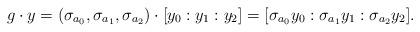
LaTeX: \begin{align*} g\cdot y = (\sigma_{a_0},\sigma_{a_1},\sigma_{a_2})\cdot [y_0:y_1:y_2] = [\sigma_{a_0}y_0:\sigma_{a_1}y_1:\sigma_{a_2}y_2]. \end{align*}